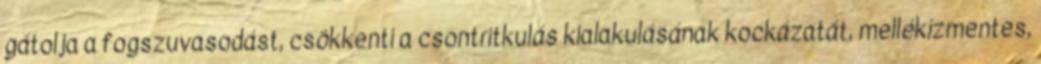
gátolja a fogszuvasodást, csökkenti a csontritkulás kialakulásának kockázatát, mellékízmentes,